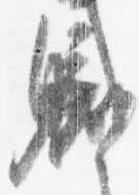
職